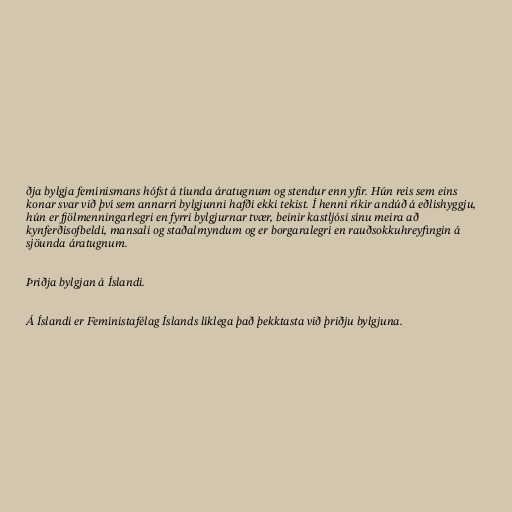
ðja bylgja femínismans hófst á tíunda áratugnum og stendur enn yfir. Hún reis sem eins
konar svar við því sem annarri bylgjunni hafði ekki tekist. Í henni ríkir andúð á eðlishyggju,
hún er fjölmenningarlegri en fyrri bylgjurnar tvær, beinir kastljósi sínu meira að
kynferðisofbeldi, mansali og staðalmyndum og er borgaralegri en rauðsokkuhreyfingin á
sjöunda áratugnum.

Þriðja bylgjan á Íslandi.

Á Íslandi er Femínistafélag Íslands líklega það þekktasta við þriðju bylgjuna.